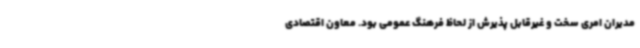
مدیران امری سخت و غیرقابل پذیرش از لحاظ فرهنگ عمومی بود. معاون اقتصادی